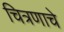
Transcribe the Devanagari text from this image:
चित्रणाचे